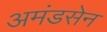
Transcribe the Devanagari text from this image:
अमंडसेन